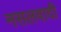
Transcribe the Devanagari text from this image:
नसलवादी